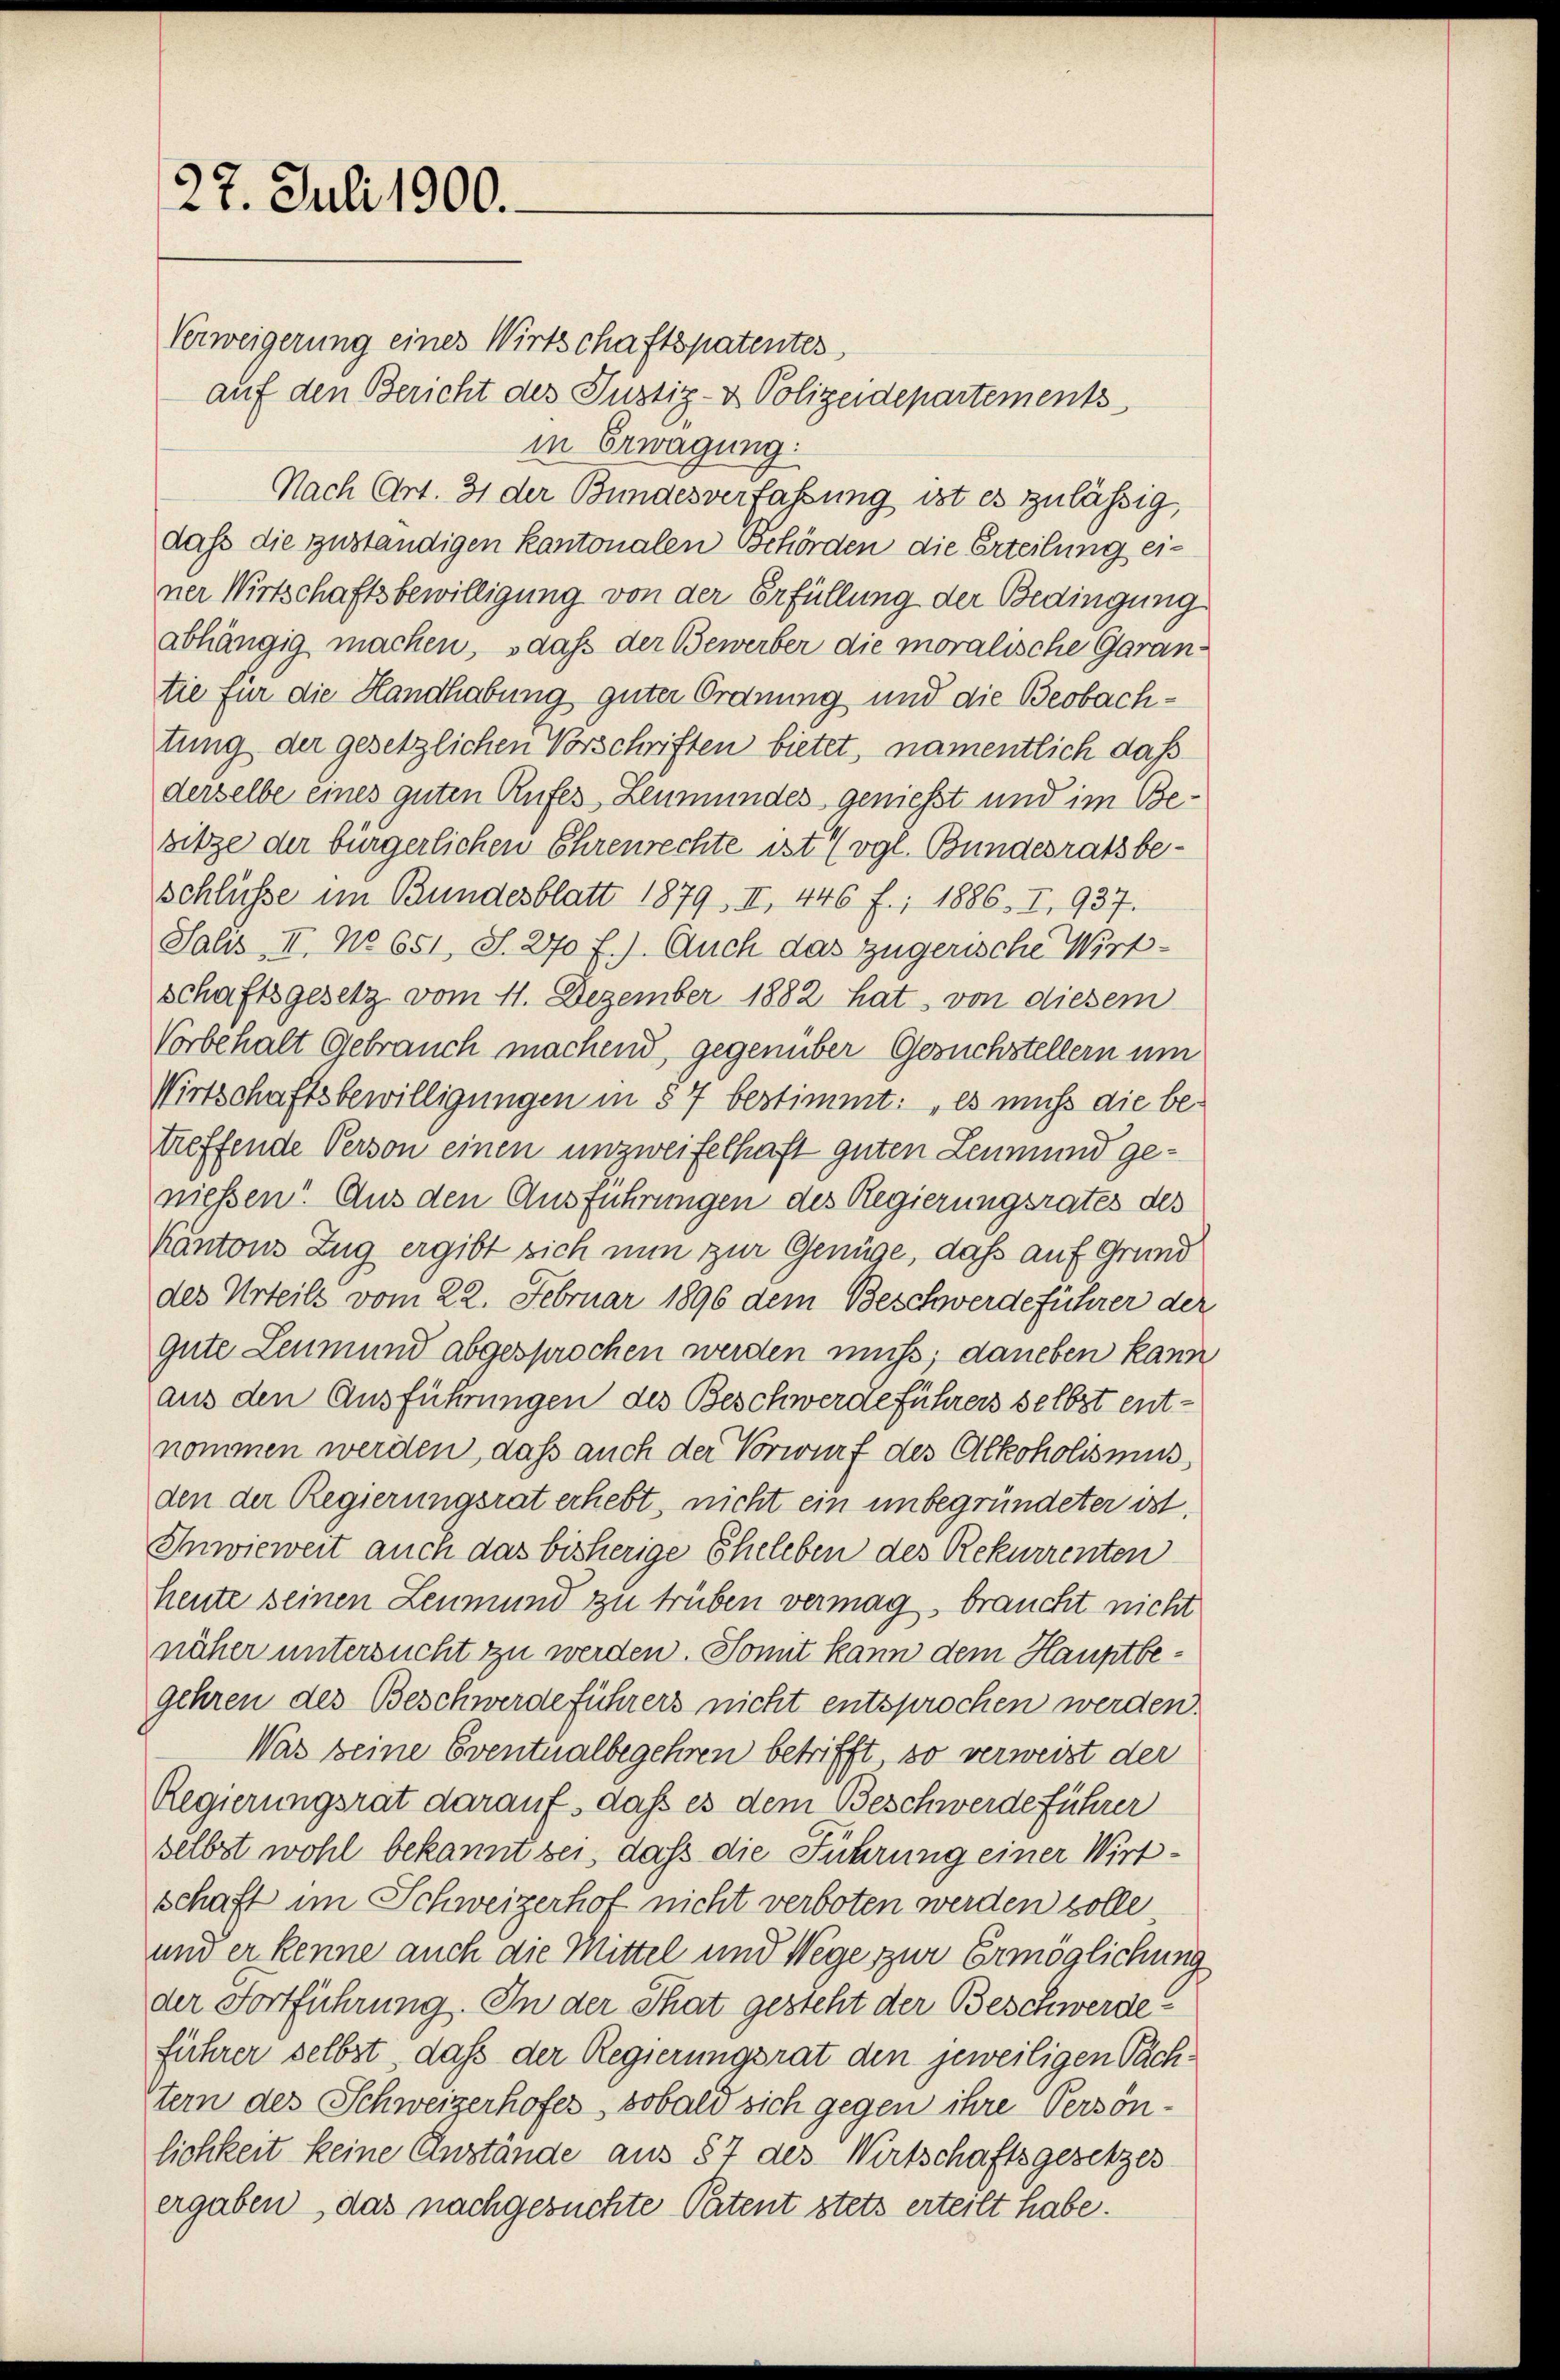
27. Juli 1900.

Verweigerung eines Wirtschaftspatentes
auf den Bericht des Justiz- & Polizeidepartements
in Erwägung:
Nach Art. 31 der Bundesverfassung ist es zulässig,
daß die zuständigen kantonalen Behörden die Erteilung einer Wirtschaftsbewilligung von der Erfüllung der Bedingung
abhängig machen, daß der Bewerber die moralische Garantie für die Handhabung guter Ordnung und die Beobachtung der gesetzlichen Vorschriften bietet, namentlich daß
derselbe eines guten Rufes, Leumundes geniesst und im Besitze der bürgerlichen Ehrenrechte ist (vgl. Bundesratsbe¬
Schlüsse im Bundesblatt 1879. II, 446 f.; 1886, I. 937.
Salis II. No 651, S. 270 f.). Auch das zugerische Wirt-
schaftsgesetz vom 11. Dezember 1882 hat, von diesem
Vorbehalt Gebrauch machend, gegenüber Gesuchstellern um
Wirtschaftsbewilligungen in § 7 bestimmt: „es muss die betreffende Person einen unzweifelhaft guten Leumund genießen! Aus den Ausführungen des Regierungsrates des
Kantons Zug ergibt sich nun zur Genüge, daß auf Grund
des Urteils vom 22. Februar 1896 dem Beschwerdeführer der
gute Leumund abgesprochen werden muss; daneben kann
aus den Ausführungen des Beschwerdeführers selbst entnommen werden, daß auch der Vorwurf des Alkoholismus,
den der Regierungsrat erhebt, nicht ein unbegründeter ist,
Inwieweit auch das bisherige Eheleben des Rekurrenten
heute seinen Leumund zu trüben vermag, braucht nicht
näher untersucht zu werden. Somit kann dem Hauptbegehren des Beschwerdeführers nicht entsprochen werden.
Was seine Eventualbegehren betrifft, so verweist der
Regierungsrat darauf, daß es dem Beschwerde führer
selbst wohl bekannt sei, daß die Führung einer Wirt-
schaft im Schweizerhof nicht verboten werden solle
und er kenne auch die Mittel und Wege zur Ermöglichung
der Fortführung. In der That gesteht der Beschwerde
führer selbst, daß der Regierungsrat den jeweiligen Pachtern des Schweizerhofes, sobald sich gegen ihre Persönlichkeit keine Anstande aus § 7 des Wirtschaftsgesetzes
ergaben, das nachgesuchte Patent stets erteilt habe.